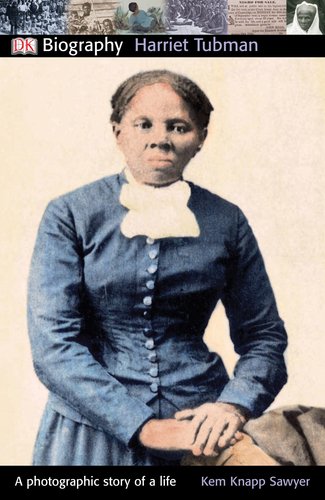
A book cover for DK Biography: Harriet Tubman; Kem Knapp Sawyer; Children's Books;